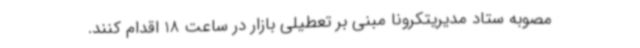
مصوبه ستاد مدیریتکرونا مبنی بر تعطیلی بازار در ساعت 18 اقدام کنند.